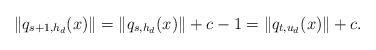
LaTeX: \begin{align*} \|q_{s+1,h_d}(x)\| = \|q_{s,h_d}(x)\|+c-1 = \|q_{t,u_d}(x)\| + c.\end{align*}